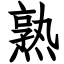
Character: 熟